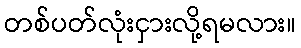
တစ်ပတ်လုံးငှားလို့ရမလား။